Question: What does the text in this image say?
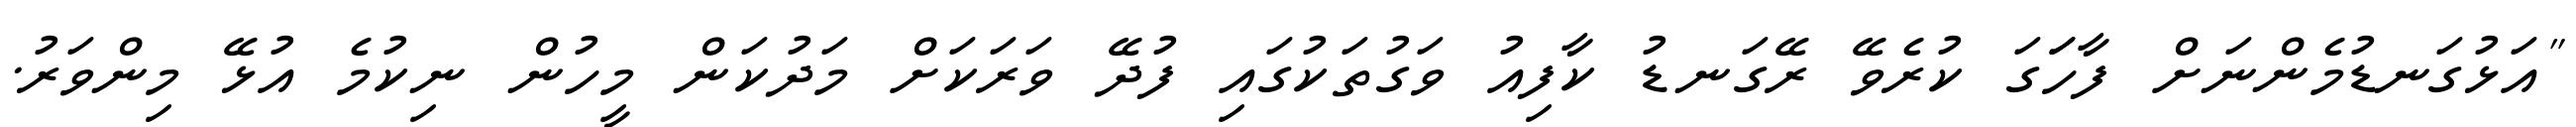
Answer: "އަޅުގަނޑުމެންނަށް ފާހަަގަ ކުރެވޭ ރޭގަނޑު ކާފިއު ވަގުތަކުގައި ފުދޭ ވަރަކަށް މަދުކަން މީހުން ނިކުމެ އުޅޭ މިންވަރު.